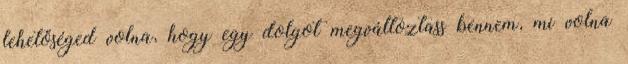
lehetőséged volna, hogy egy dolgot megváltoztass bennem, mi volna